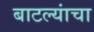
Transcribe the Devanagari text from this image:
बाटल्यांचा